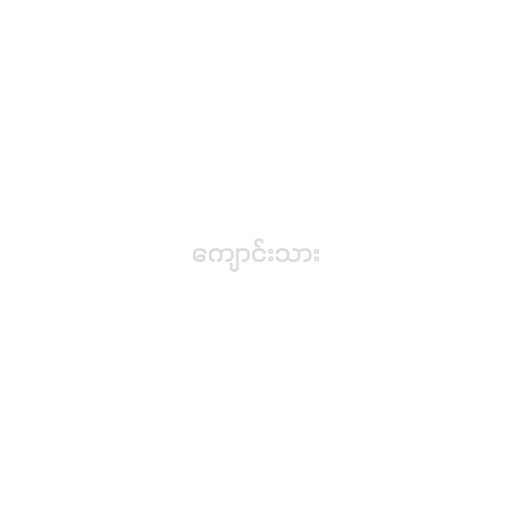
ကျောင်းသား